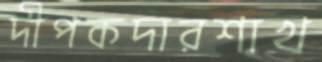
দীপকদারশাখ